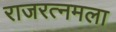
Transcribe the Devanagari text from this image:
राजरत्नमला